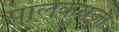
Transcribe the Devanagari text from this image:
पालकराजा